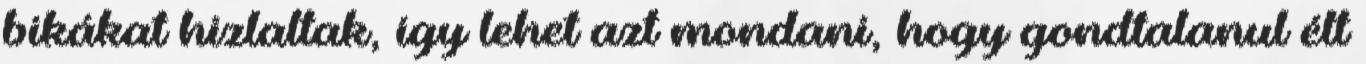
bikákat hizlaltak, így lehet azt mondani, hogy gondtalanul élt